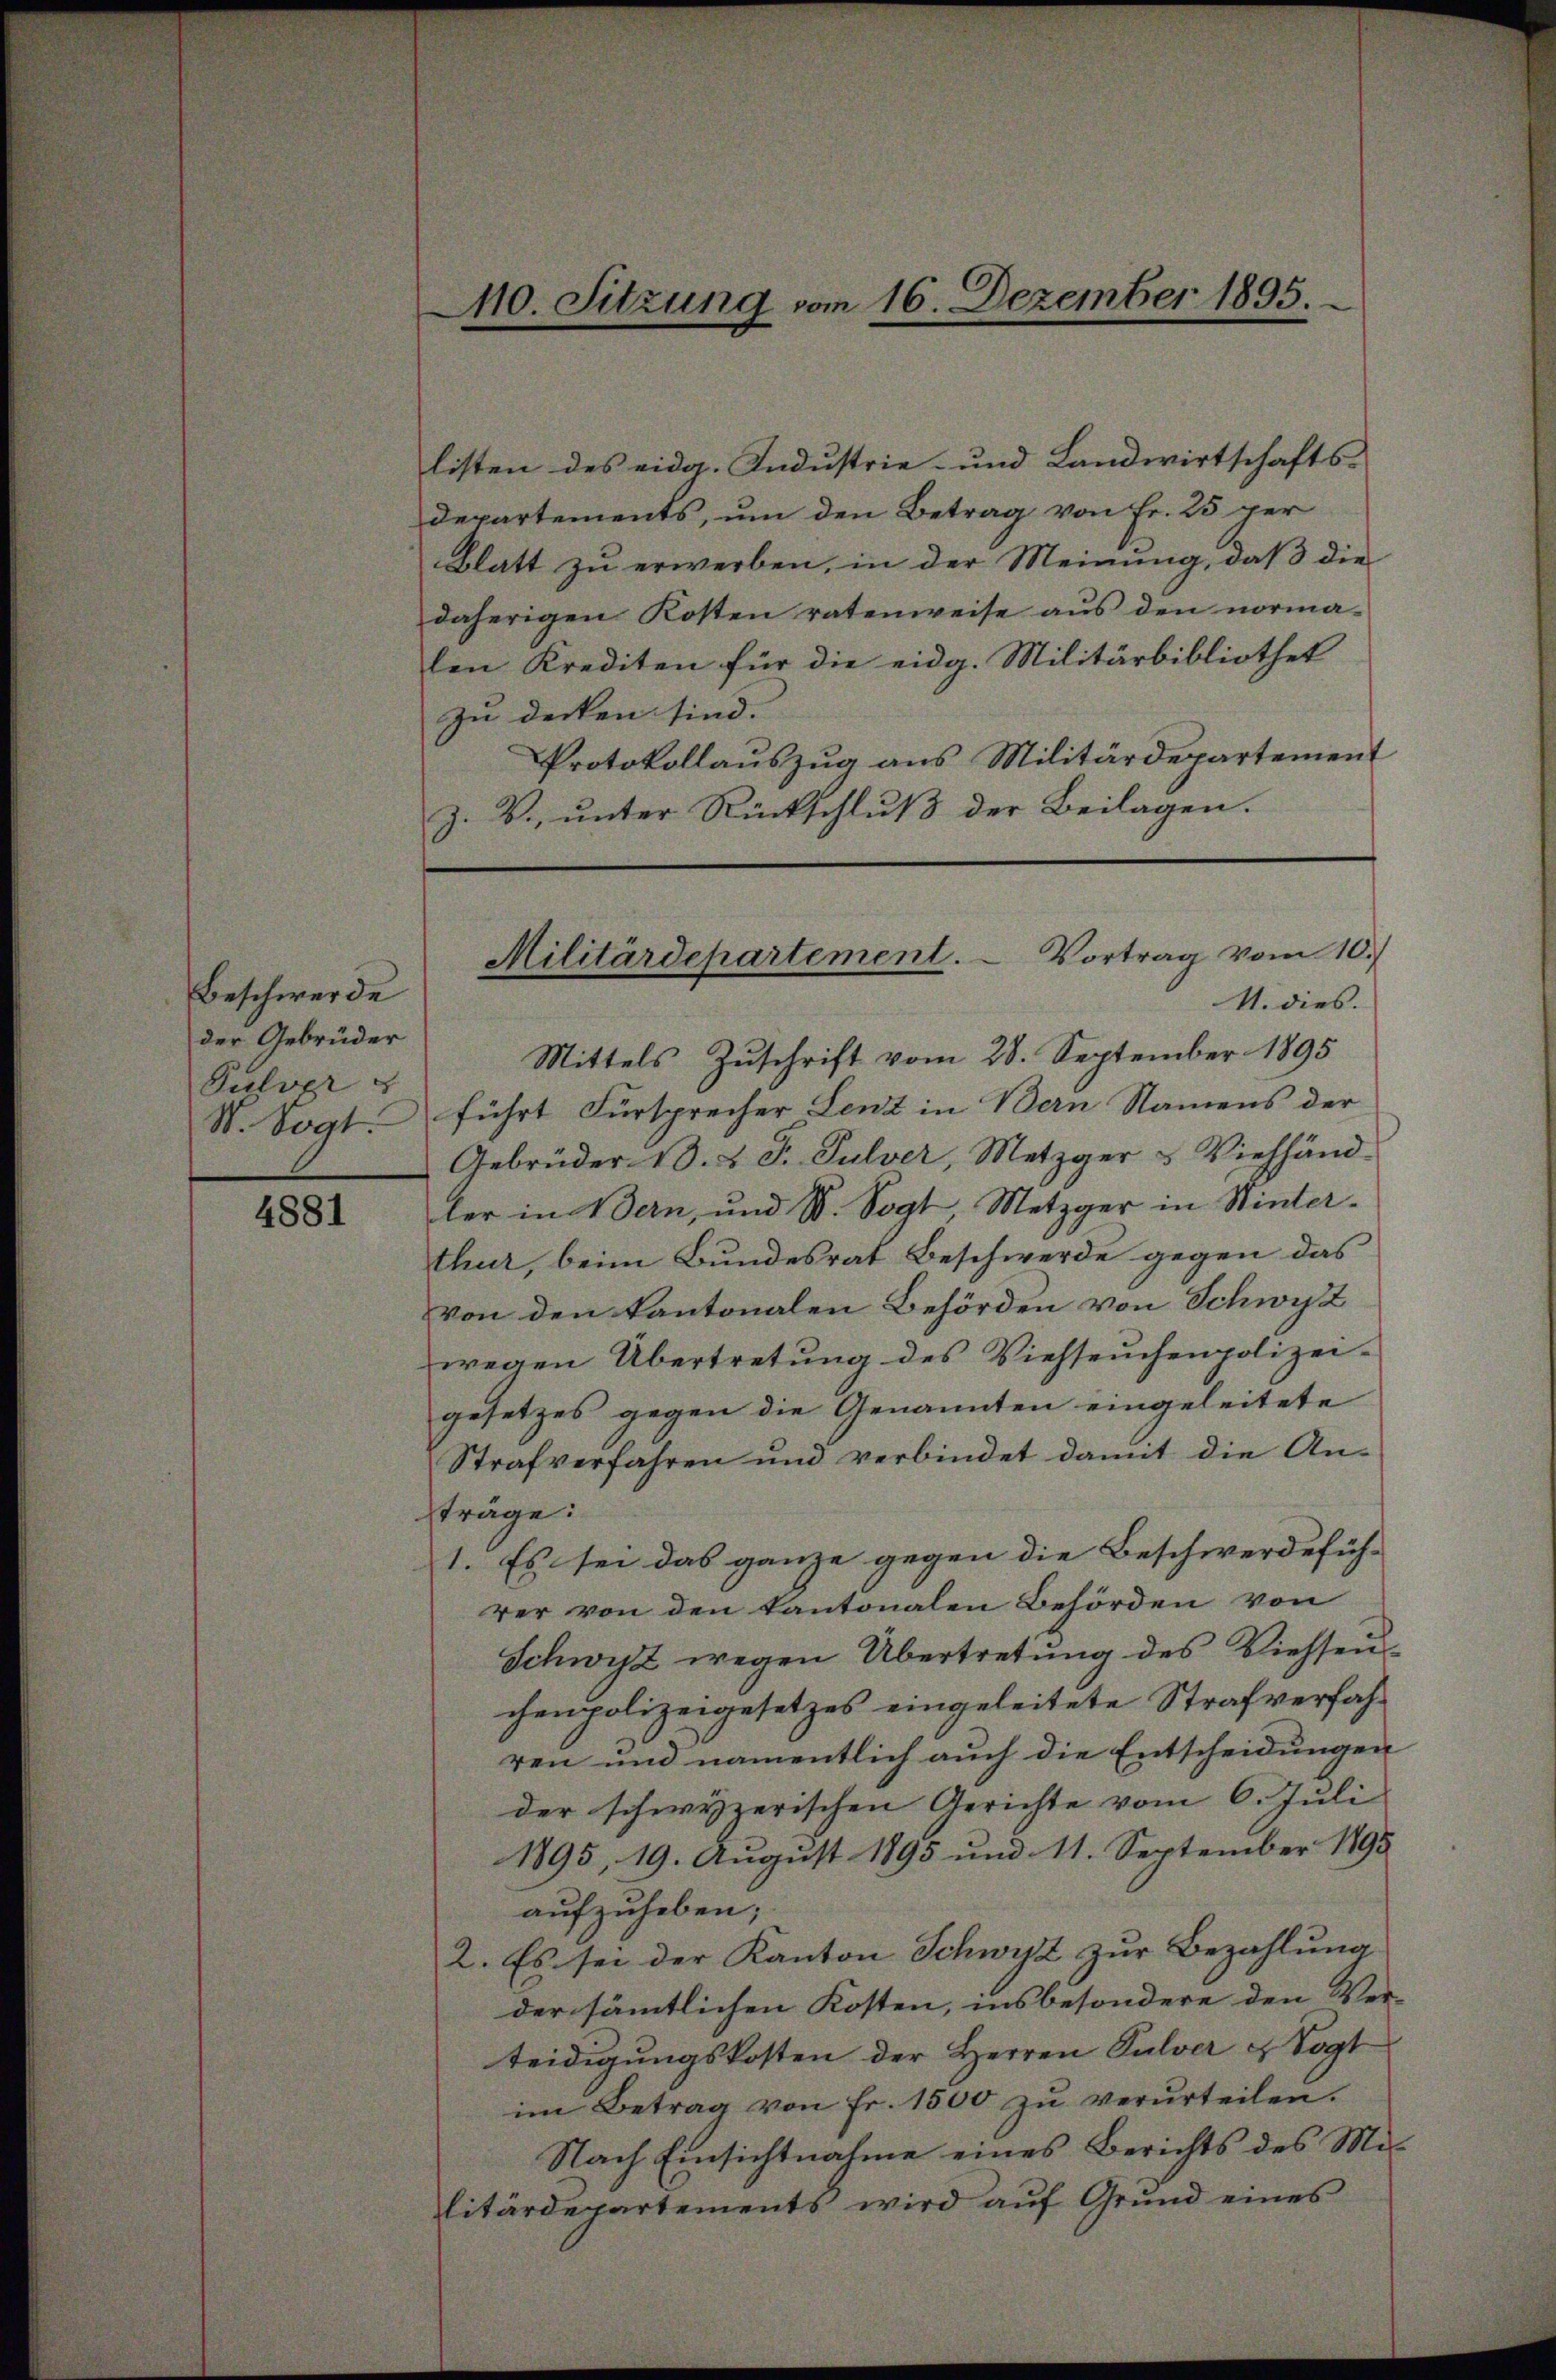
Beschwerde
der Gebrüder
Pulver
N. Vogt.

4881

listen des eidg. Industrie- und Landwirtschafts-
departements, um den Betrag von Fr. 25 per
Blatt zu erwerben, in der Meinung, daß die
daherigen Kosten ratenweise aus den normalen Krediten für die eidg. Militärbibliothek
zu decken sind. |
Protokollauszug aus Militärdepartement
Z. B., unter Rückschluß der Beilagen.

0. Sitzung vom 16. Dezember 1895

Militärdepartement. Vortrag vom 10.
4. dies.

Mittels Zuschrift vom 28. September 1895
führt Fürsprecher Lenz in Bern Namens der
Gebrüder 1. 2. F. Pulver, Metzger u Viehhänd-
ler in Bern, und St. Vogt, Metzger in Winterthur, beim Bundesrat Beschwerde gegen das
von den kantonalen Behörden von Schwyz
wegen Übertretung des Viehseuchenpolizei-
gesetzes gegen die Genannten eingeleitete
Strafverfahren und verbindet damit die An-
träge:
1. Es sei das ganze gegen die Beschwerdefüh-
rer von den kantonalen Behörden von
Schwitz wegen Übertretung des Viehsen
chenpolizeigesetzes eingeleitete Strafverfahren und namentlich auch die Entscheidungen
der schwyzerischen Gerichte vom 6. Juli
1895, 19. August 1895 und 11. September 1895
aufzuheben;
2. Es sei der Kanton Schwyz zur Bezahlung
der sämmtlichen Kosten, insbesondere den Ver-
teidigŭngskosten der Herren Pulver u Vogt
im Betrag von fr. 1500 zŭ verurteilen.
Nach Einsichtnahme eines Berichts des Militärdepartements wird auf Grund eines